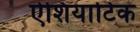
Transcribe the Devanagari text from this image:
ऐशियाटिक